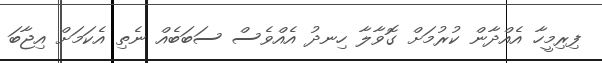
ފިރިމީހާ އެއްދާން ކުރުމަށް ގޮވާލާ ހިނދު އެއްވެސް ސަބަބެއް ނެތި އެކަމަށް އިޖާބަ